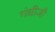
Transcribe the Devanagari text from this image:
गंधीजी